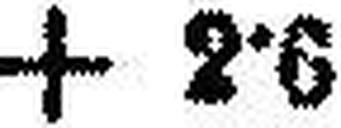
+ 2·6